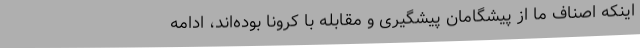
اینکه اصناف ما از پیشگامان پیشگیری و مقابله با کرونا بوده‌اند، ادامه